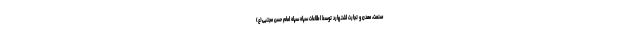
صنعت، معدن و تجارت اشتهارد توسط اطلاعات سپاه سپاه امام حسن مجتبی(ع)